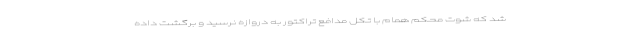
شد که شوت محکم همام با تکل مدافع تراکتور به دروازه نرسید و برگشت داده